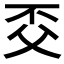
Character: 𠀱